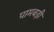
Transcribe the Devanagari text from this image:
पामबड़ी